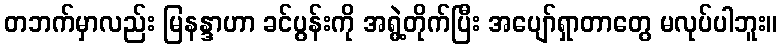
တဘက်မှာလည်း မြနန္ဒာဟာ ခင်ပွန်းကို အရွဲ့တိုက်ပြီး အပျော်ရှာတာတွေ မလုပ်ပါဘူး။